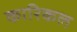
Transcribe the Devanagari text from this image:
कारिकल